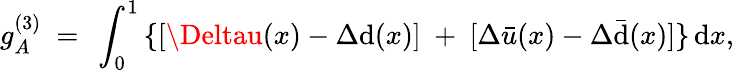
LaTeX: g_{A}^{(3)}\ =\ \int_{0}^{1}\, \{ [\Deltau(x)-\Delta\mathrm{d}(x)]\ +\ [\Delta\bar{{u}}(x)-\Delta\bar{{\mathrm{d}}}(x)]\} \, \mathrm{d}x,